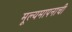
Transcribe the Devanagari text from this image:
मूल्यमापनाची